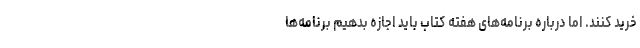
خرید کنند. اما درباره برنامه‌های هفته کتاب باید اجازه بدهیم برنامه‌ها